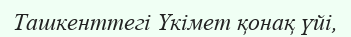
Ташкенттегі Үкімет қонақ үйі,